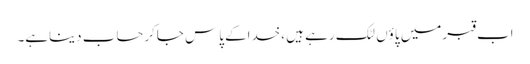
اب قبرمیں پاؤں لٹک رہے ہیں ،خداکے پاس جاکرحساب دیناہے۔